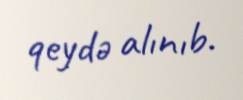
qeydə alınıb.